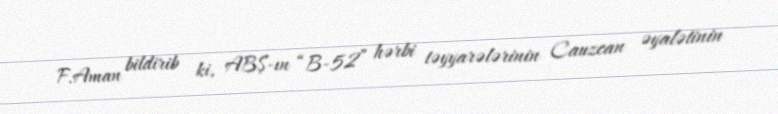
F.Aman bildirib ki, ABŞ-ın “B-52” hərbi təyyarələrinin Cauzcan əyalətinin